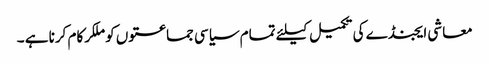
معاشی ایجنڈے کی تکمیل کیلئے تمام سیاسی جماعتوں کو ملکرکام کرنا ہے ۔